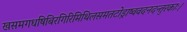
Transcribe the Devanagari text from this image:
खसमगधषिबिरगिरिमिथिलसमतटोड्राष्ववदनदन्तुरकाः।